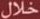
خلال